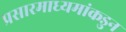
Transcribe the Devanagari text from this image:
प्रसारमाध्यमांकडुन